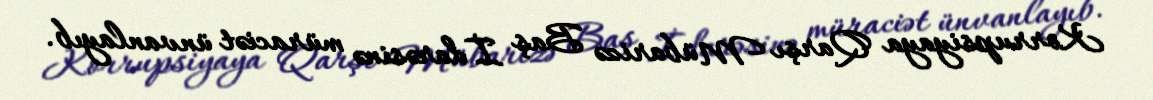
Korrupsiyaya Qarşı Mübarizə Baş İdarəsinə müraciət ünvanlayıb.